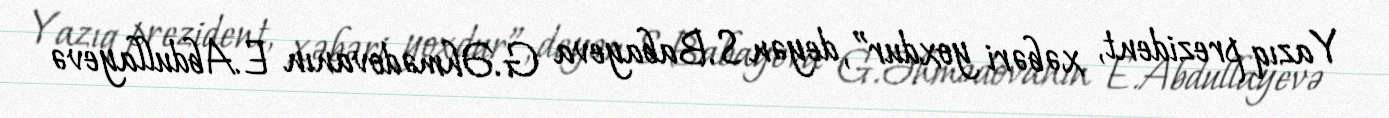
Yazıq prezident, xəbəri yoxdur”, deyən S.Babayeva G.Əhmədovanın E.Abdullayevə